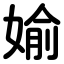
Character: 媮